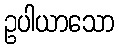
ဥပါယာသော